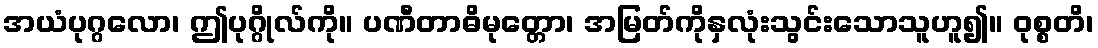
အယံပုဂ္ဂလော၊ ဤပုဂ္ဂိုလ်ကို။ ပဏီတာဓိမုတ္တော၊ အမြတ်ကိုနှလုံးသွင်းသောသူဟူ၍။ ဝုစ္စတိ၊